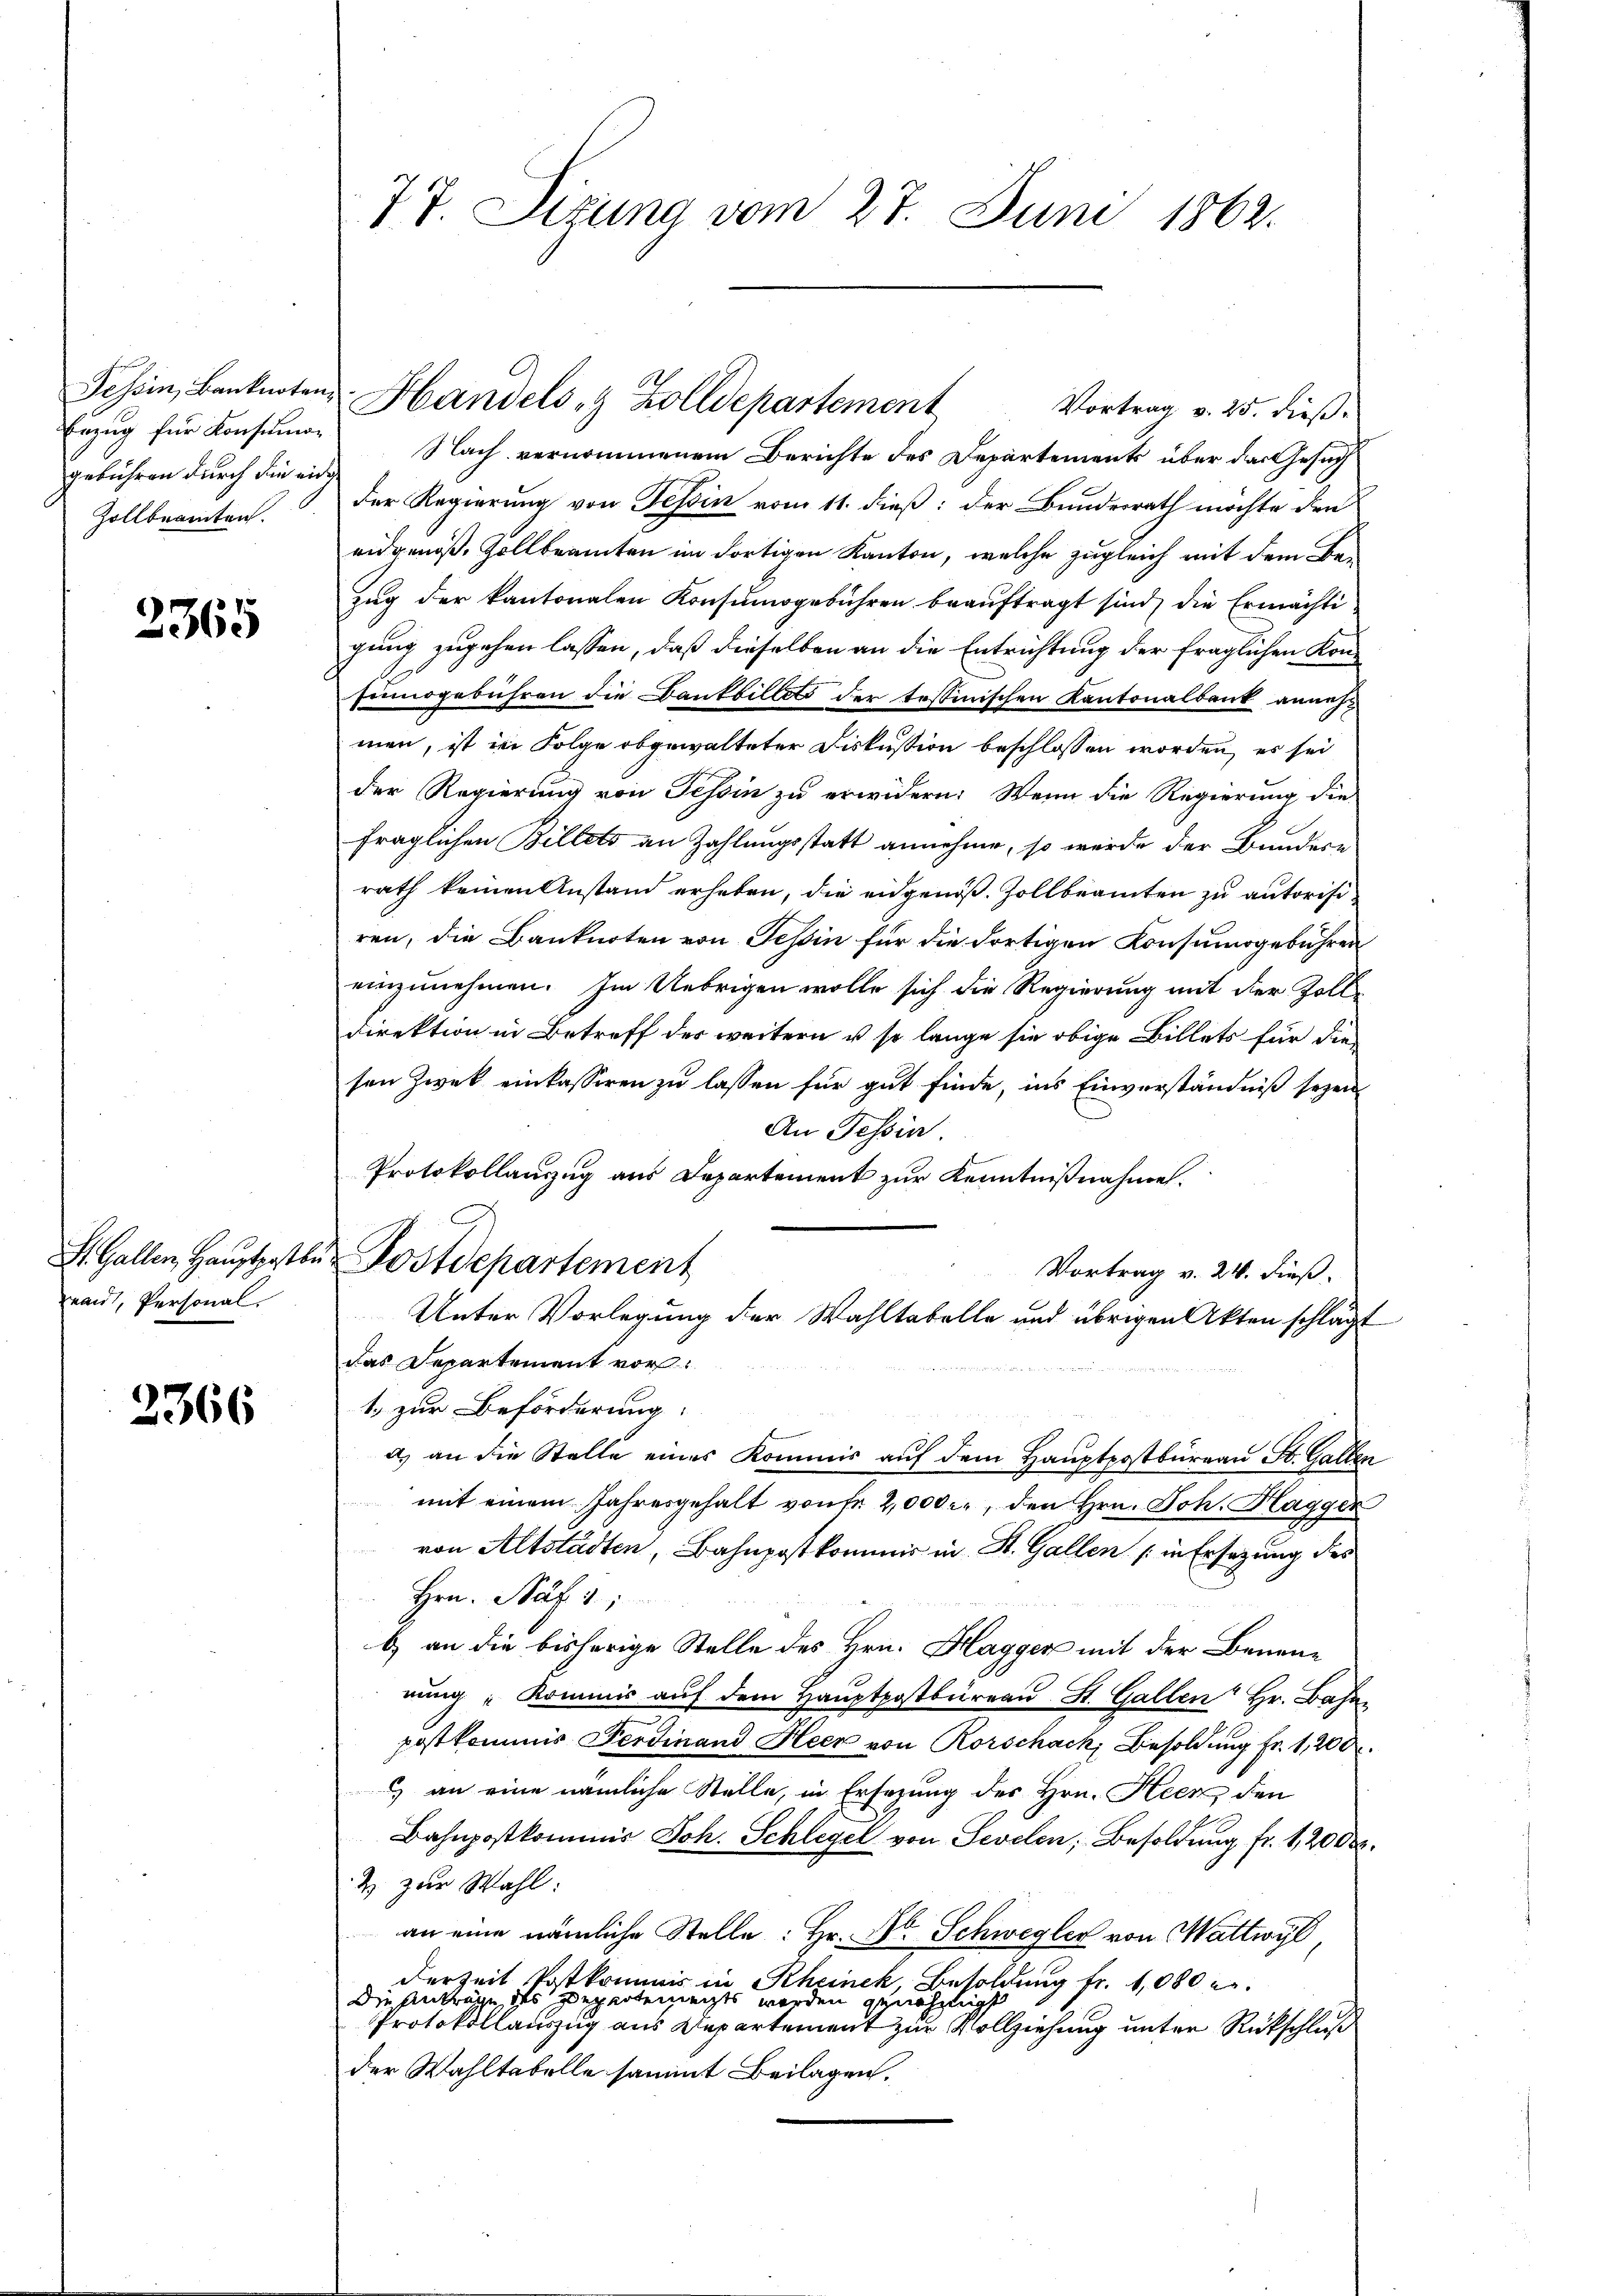
Tessin, Banknoten,
Enzug für Konsuman
gebühren durch die eide
Zollbeamten.

2365

eau, Personal

2366

77. Sizung vom 27. Juni 1862.

Nach vernommenem Berichte des Departements über das Gesuch
der Regierung von Tessin vom 11. dieß: der Bundesrath möchte den
eidgenoß, Zollbeamten im dortigen Kanton, welche zugleich mit dem Bezŭg der kantonalen Konsumogebühren beaŭftragt sind, die Ermächti
gung zugehen lassen, daß dieselben an die Entrichtung der fraglichen Konsinogebühren die Dankbillets der tessinischen Kantonalbank annehmen, ist in Folge abgewalteter Fiskussion beschlossen worden, es sei
der Regierung von Tessin zu erwidern: Wenn die Regierung die
fraglichen Billets an Zahlungsstatt annehme, so werde der Bundere
rath keinen Anstand erheben, die eidgenöß. Zollbeamten zu autorisiren, die Banknoten von Teßin für die dortigen Konsumogebühren
einzunehmen. Im Uebrigen wolle sich die Regierung mit der Zolldirektion in Betreff des weitern u. so lange sie obige Billets für die
sen Zwek einkassiren zu lassen für gut finde, ins Einverständniß seyen
An Tessin.
Vortrag v. 24. dieß.
das Departement vor

1. zur Beförderung:
d) an die Stelle eines Kommis auf dem Hauptpostbüreau St. Gallen
mit einem Jahresgehalt von fr. 2,000 l., den Hrn. Joh. Haggen
von Altstädten, Bahnpostkommis in St. Gallen (in Ersezung des
Hrn. Paf 11
b) an die bisherige Stelle des Hrn. Hagger mit der Benennung "Kommis aŭf dem Hauptpostbüreaŭ St. Gallen Hr. Bahn
postkommis Ferdinand Heer von Rorschack, Besoldung Fr. 1,200
) an eine nämliche Stelle, in Ersezung des Hrn. Heer den
Bahnpostkommis Joh. Schlegel von Sevelen, Besoldŭng fr. 1, 2000
4 zur Wahl:
an eine nämliche Stelle: Hr. Dr. Schwegler von Wattwyl
derzeit Postkommis in Rheinek, Besoldung fr. 1,080 u.
Die Anträge des Departereits werden genehmigt
Protokollauszug aus Departement zur Vollziehung unter Rückschluß
der Wahltabelle sammt Beilagen.

Handels- & Zolldepartement

Protokollanzzug aus Departement zur Kenntnißnahme.
St. Gallen, Haŭptpatte Postdepartement
Unter Vorlegung der Wahltabelle und übrigen Akten schlägt

Vortrag v. 25. dieß¬